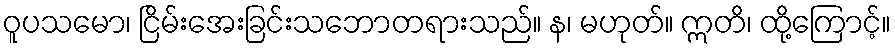
ဝူပသမော၊ ငြိမ်းအေးခြင်းသဘောတရားသည်။ န၊ မဟုတ်။ ဣတိ၊ ထို့ကြောင့်။